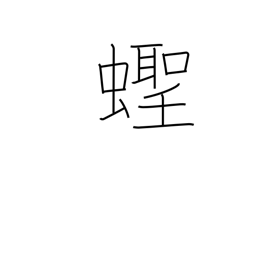
Meaning: razor clam